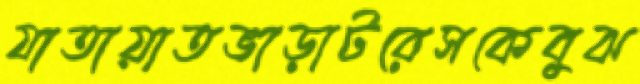
যাতায়াতভাড়াটরেসকেবুঝ